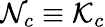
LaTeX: \mathcal{N}_{c}\equiv\mathcal{K}_{c}